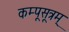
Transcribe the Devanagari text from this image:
कम्पूसूत्रम्